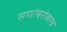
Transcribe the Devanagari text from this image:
सणांबरोबरच